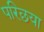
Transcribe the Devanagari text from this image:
परिछया